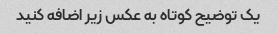
یک توضیح کوتاه به عکس زیر اضافه کنید